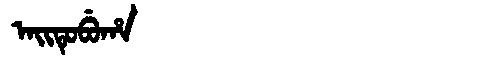
Manchu: ᠠᡳᡨᡠᠪᡠᡥᠠ
Romanization: AITUBUHA